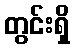
တွင်းရှိ